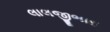
લાલજીભાઇ